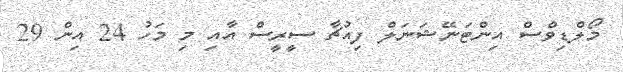
މޯލްޑިވްސް އިންޓަނޭޝަނަލް ފިއުޗާ ސީރީސް އާއި މި މަހު 24 އިން 29